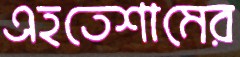
এহতেশামের